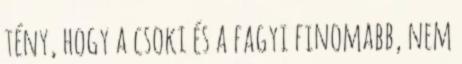
tény, hogy a csoki és a fagyi finomabb, nem